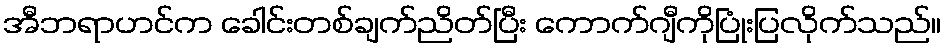
အီဘရာဟင်က ခေါင်းတစ်ချက်ညိတ်ပြီး ကောက်ဂျီကိုပြုံးပြလိုက်သည်။